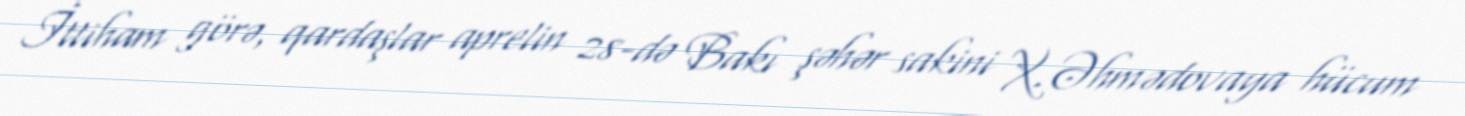
İttiham görə, qardaşlar aprelin 28-də Bakı şəhər sakini X.Əhmədovaya hücum